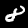
Label: 8